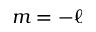
m = - \ell